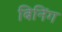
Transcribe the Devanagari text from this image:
बिनिंग